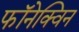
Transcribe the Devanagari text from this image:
फॉनेक्विन